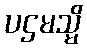
ပဌမသ္မိ